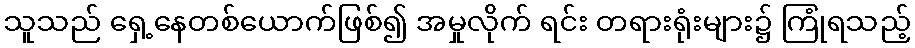
သူသည် ရှေ့နေတစ်ယောက်ဖြစ်၍ အမှုလိုက် ရင်း တရားရုံးများ၌ ကြုံရသည့်